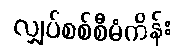
လျှပ်စစ်စီမံကိန်း